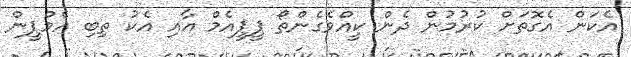
އެކަން އެގޮތަށް ކުރުމުން ދެން ކީއްވެގެންތޯ ޕީޕީއެމް އާއި އެކު ތިބި އެމްޕީން